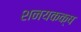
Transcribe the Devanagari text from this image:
शनयकक्ष